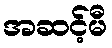
အဆင့်မီ